Vaccination in Burma 1912-1922 - 1912-1922
Year: 1912
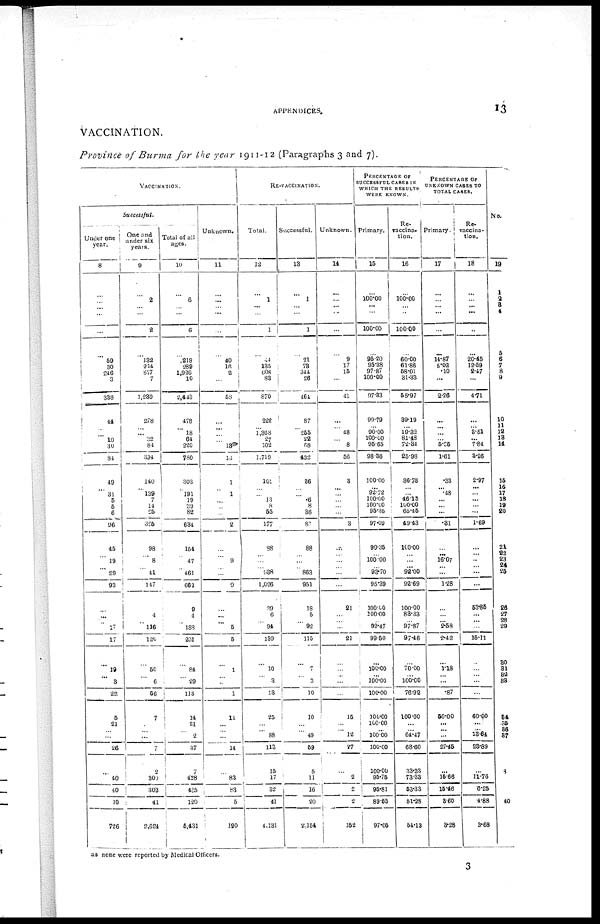
APPENDICES.
13
VACCINATION.
Province of Burma for the year 1911-12 (Paragraphs 3 and 7).
VACCINATION.
Successful.
Under one
year.
8
...
...
...
...
...
...
59
30
246
3
338
41
...
...
10
30
84
49
...
31
5
5
8
96
45
...
19
...
29
93
...
...
...
17
17
...
19
...
3
22
5
21
... ...
26
...
40
40
10
726
One and
under six
years.
9
...
2
...
...
2
...
132
214
877
7
1,230
278
...
... 32
84
394
140
...
139
7
14
25
325
98
...
8
... 41
147
...
4
...
116
120
...
50
...
6
56
7
...
... ...
7
2
300
302
41
2,624
Total of all
ages.
10
...
6
...
...
6
...
218
289
1,926
10
2,443
478
...
18
64
220
750
303
...
191
19
39
82
634
154
...
47
... 461
662
9
4
... 188
201
...
84
... 29
113
14
21
... 2
37
7
428
435
120
5,431
Unknown.
11
...
...
...
...
...
...
40
16
2
...
58
...
...
...
...
13
13
1
...
1
... ...
...
2
...
...
9
... ...
9
...
...
...
5
5
...
1
... ...
1
14
...
... ...
14
...
83
83
5
190
RE-VACCINATION.
Total.
12
...
1
...
...
1
...
44
135
608
83
870
222
...
1,368
27
102
1,719
101
...
...
13
8
55
177
88
...
...
...
938
1,026
39
6
...
94
139
...
10
...
3
13
25
...
... 88
113
15
17
32
41
4,131
Successful.
13
...
1
...
...
1
...
21
73
344
26
464
87
...
255
22
68
432
36
...
...
6
8
36
82
88
...
...
...
863
951
18
5
... 92
115
...
7
...
3
10
10
...
... 49
59
5
11
16
20
2,154
Unknown.
14
...
...
...
...
...
...
9
17
15
...
41
...
...
48
...
8
56
3
...
...
...
...
...
3
...
...
...
... ...
...
21
...
... ...
21
...
...
... ...
...
15
...
... 12
27
...
2
2
2
152
PERCENTAGE OF
SUCCESSFUL CASES IN
WHICH THE RESULTS
WERE KNOWN.
Primary.
15
...
100.00
...
...
100.00
...
95.20
95.38
97.87
100.00
97.33
99.79
...
90.00
100.00
95.65
98.36
100.00
...
92.72
100.00
100.00
95.35
97.09
99.35
...
100.00
... 93.70
95.39
100.00
100.00
... 99.47
99.50
...
100.00
... 100.00
100.00
100.00
100.00
... 100.00
100.00
100.00
95.75
95.81
89.55
97.05
Re¬
vaccina-
tion.
16
...
100.00
...
...
100.00
...
60.00
61.86
58.01
31.33
55.97
39.19
...
19.32
81.48
72.34
25.98
36.73
...
...
46.15
100.00
65.45
49.43
100.00
...
...
... 92.00
92.69
100.00
83.33
... 97.87
97.46
...
70.00
... 100.00
76.92
100.00
...
... 64.47
68.60
33.33
73.33
53.33
51.28
54.13
PERCENTAGE OF
UNKNOWN CASES TO
TOTAL CASES.
Primary.
17
...
...
...
...
...
...
14.87
5.02
.10
...
2.26
...
...
...
...
5.35
1.61
.33
...
.48
...
...
...
.31
...
...
16.07
...
...
1.28
...
...
... 2.58
2.42
...
1.18
... ...
.87
50.00
...
... ...
27.45
...
15.66
15.46
3.60
3.28
Re¬
vaccina-
tion.
18
...
...
...
...
...
...
20.45
12.59
2.47
...
4.71
...
...
3.51
...
7.84
3.26
2.97
...
...
...
...
...
1.69
...
...
...
...
...
...
53.85
...
... ...
15.11
...
...
... ...
...
60.00
...
... 13.64
23.89
...
11.76
6.25
4.88
3.68
No.
19
1
2
3
4
5
6
7
8
9
10
11
12
13
14
15
16
17
18
19
20
21
22
23
24 25
26
27
28
29
30
31
32
33
34
35
36
37
38
39
40
as none were reported by Medical Officers.
3